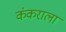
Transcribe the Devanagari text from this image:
कंकराला